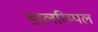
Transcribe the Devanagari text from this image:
डालरिम्पल